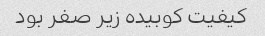
کیفیت کوبیده زیر صفر بود